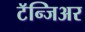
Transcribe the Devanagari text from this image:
टॅन्जिअर